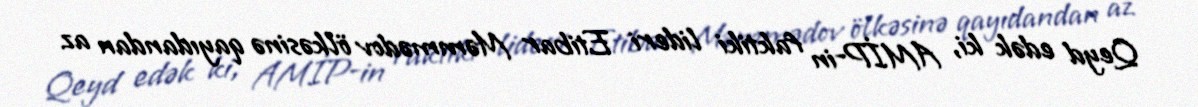
Qeyd edək ki, AMİP-in faktiki lideri Etibar Məmmədov ölkəsinə qayıdandan az